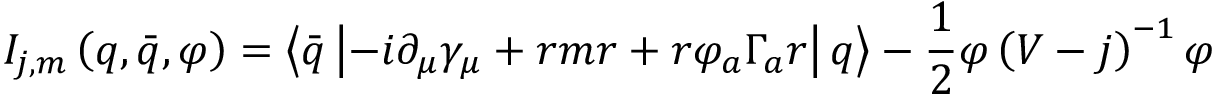
I _ { j , m } \left( q , \bar { q } , \varphi \right) = \left\langle \bar { q } \left| - i \partial _ { \mu } \gamma _ { \mu } + r m r + r \varphi _ { a } \Gamma _ { a } r \right| q \right\rangle - \frac 1 2 \varphi \left( V - j \right) ^ { - 1 } \varphi